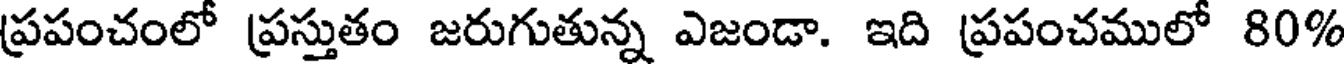
ప్రపంచంలో ప్రస్తుతం జరుగుతున్న ఎజండా. ఇది ప్రపంచములో 80%